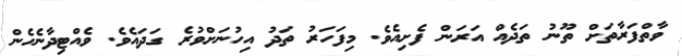
ވާތްފަރާތަށް ތޫނު ތަދެއް އަރަން ފެށިއެވެ. މިފަހަރު ތަދު އިހުނަށްވުރެ ގަދައެވެ. ވެއްޓިދާނެހެން